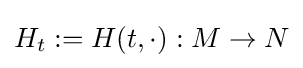
H_{t}:=H(t,\cdot ):M\to N